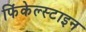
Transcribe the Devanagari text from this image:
फिंकेल्स्टाइन